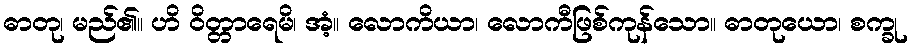
ဓာတု၊ မည်၏။ ဟိ ဝိတ္တာရေမိ၊ အံ့။ လောကိယာ၊ လောကီဖြစ်ကုန်သော။ ဓာတုယော၊ စက္ခု